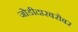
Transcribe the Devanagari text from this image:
जोडीदारबरोबर